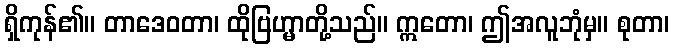
ရှိကုန်၏။ တာဒေဝတာ၊ ထိုဗြဟ္မာတို့သည်။ ဣတော၊ ဤအလူဘုံမှ။ စုတာ၊